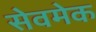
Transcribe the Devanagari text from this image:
सेवमेक